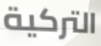
التركية